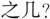
之几?